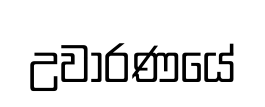
උවාරණයේ